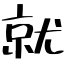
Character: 就